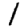
Digit: 1